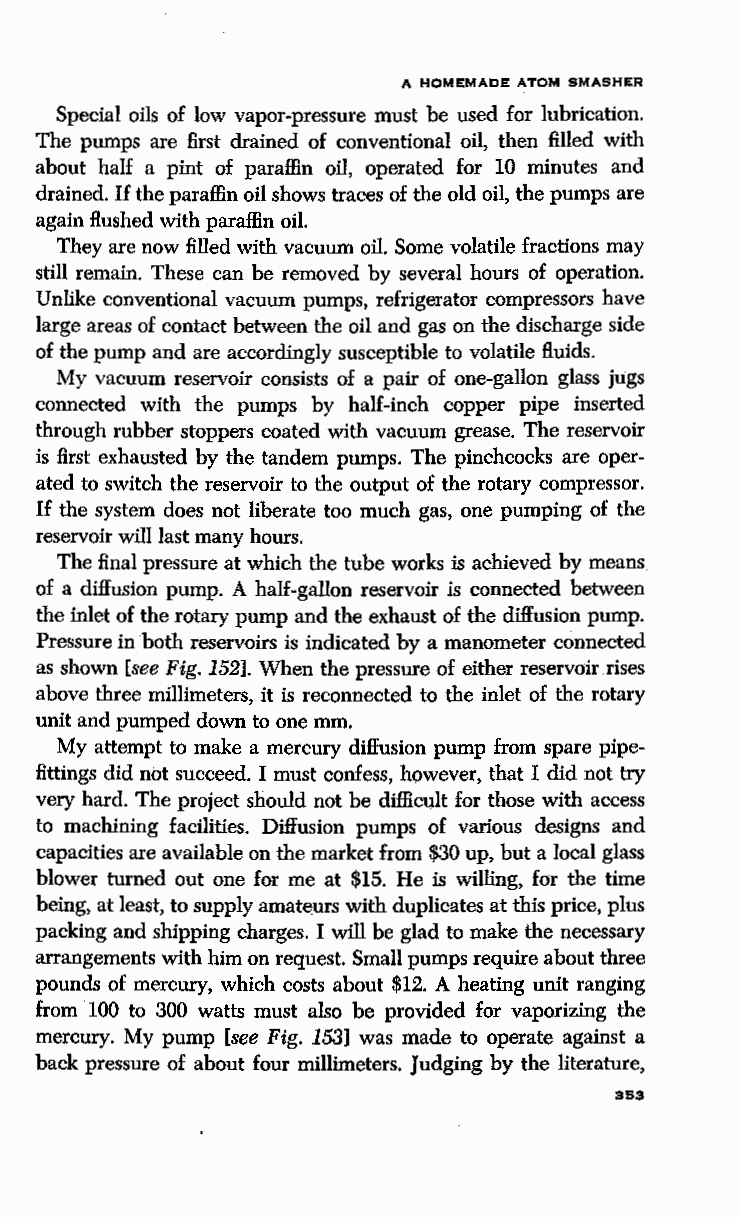
A HOMEMADE ATOM SMASHER
 Special oils of low vapor-pressure must be used for lubrication.
 The pumps are first drained of conventional oil, then filled with
 about half a pint of paraffin oil, operated for 10 minutes and
 drained. If the paraffin oil shows traces of the old oil, the pumps are
 again flushed with paraffin oil.
 They are now filled with vacuum oil. Some volatile fractions may
 still remain. These can be removed by several hours of operation.
 Unlike conventional vacuum pumps, refrigerator compressors have
 large areas of contact between the oil and gas on the discharge side
 of the pump and are accordingly susceptible to volatile fluids.
 My vacuum reservoir consists of a pair of one-gallon glass jugs
 connected with the pumps by half-inch copper pipe inserted
 through rubber stoppers coated with vacuum grease. The reservoir
 is first exhausted by the tandem pumps. The pinchcocks are oper
 ated to switch the reservoir to the output of the rotary compressor.
 If the system does not liberate too much gas, one pumping of the
 reservoir will last many hours.
 The final pressure at which the tube works is achieved by means
 of a diffusion pump. A half-gallon reservoir is connected between
 the inlet of the rotary pump and the exhaust of the diffusion pump.
 Pressure in both reservoirs is indicated by a manometer connected
 as shown [see Fig. 152]. When the pressure of either reservoir rises
 above three millimeters, it is reconnected to the inlet of the rotary
 unit and pumped down to one mm.
 My attempt to make a mercury diffusion pump from spare pipe
 fittings did not succeed. I must confess, however, that I did not try
 very hard. The project should not be difficult for those with· access
 to machining facilities. Diffusion pumps of various designs and
 capacities are available on the market from $30 up, but a local glass
 blower turned out one for me at $15. He is willing, for the time
 being, at least, to supply amat~urs with duplicates at this price, plus
 packing and shipping charges. I will be glad to make the necessary
 arrangements with him on request. Small pumps require about three
 pounds of mercury, which costs about $12. A heating unit ranging
 from 100 to 300 watts must also be provided for vaporizing the
 mercury. My pump [see Fig. 153] was made to operate against a
 back pressure of about four millimeters. Judging by the literature,
 353